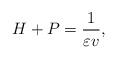
LaTeX: \begin{align*}H+P=\dfrac{1}{\varepsilon v},\end{align*}